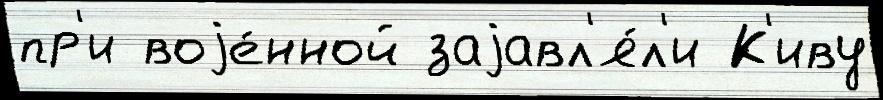
пр'и воjе́нной заjавл'я́л'и К'иву